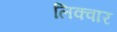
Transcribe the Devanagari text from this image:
लिक्वार